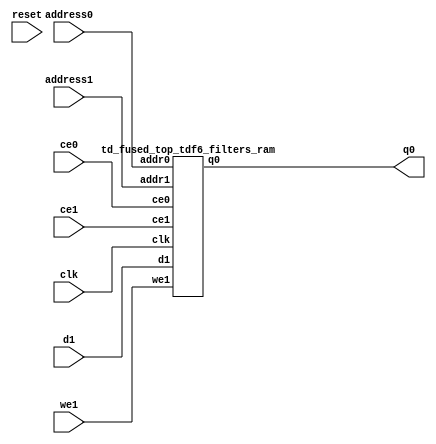
`define EXPONENT 5
`define MANTISSA 10
`define ACTUAL_MANTISSA 11
`define EXPONENT_LSB 10
`define EXPONENT_MSB 14
`define MANTISSA_LSB 0
`define MANTISSA_MSB 9
`define MANTISSA_MUL_SPLIT_LSB 3
`define MANTISSA_MUL_SPLIT_MSB 9
`define SIGN 1
`define SIGN_LOC 15
`define DWIDTH (`SIGN+`EXPONENT+`MANTISSA)
`define IEEE_COMPLIANCE 1

module td_fused_top_tdf6_filters(
    reset,
    clk,
    address0,
    ce0,
    q0,
    address1,
    ce1,
    we1,
    d1);

parameter DataWidth = 32'd16;
parameter AddressRange = 32'd4096;
parameter AddressWidth = 32'd12;
input reset;
input clk;
input[AddressWidth - 1:0] address0;
input ce0;
output[DataWidth - 1:0] q0;
input[AddressWidth - 1:0] address1;
input ce1;
input we1;
input[DataWidth - 1:0] d1;



td_fused_top_tdf6_filters_ram td_fused_top_tdf6_filters_ram_U(
    .clk( clk ),
    .addr0( address0 ),
    .ce0( ce0 ),
    .q0( q0 ),
    .addr1( address1 ),
    .ce1( ce1 ),
    .we1( we1 ),
    .d1( d1 )
);

endmodule
module td_fused_top_tdf6_filters_ram (addr0, ce0, q0, addr1, ce1, d1, we1,  clk);

parameter DWIDTH = 16;
parameter AWIDTH = 12;
parameter MEM_SIZE = 4096;

input[AWIDTH-1:0] addr0;
input ce0;
output reg[DWIDTH-1:0] q0;
input[AWIDTH-1:0] addr1;
input ce1;
input[DWIDTH-1:0] d1;
input we1;
input clk;

 reg [DWIDTH-1:0] ram[MEM_SIZE-1:0];




always @(posedge clk)  
begin 
    if (ce0) begin
        q0 <= ram[addr0];
    end
end


always @(posedge clk)  
begin 
    if (ce1) begin
        if (we1) 
            ram[addr1] <= d1; 
    end
end


endmodule